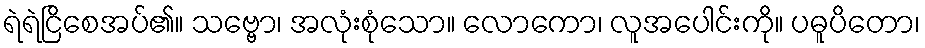
ရဲရဲငြိစေအပ်၏။ သဗ္ဗော၊ အလုံးစုံသော။ လောကော၊ လူအပေါင်းကို။ ပဓူပိတော၊